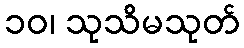
၁၀၊ သုသိမသုတ်